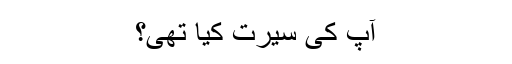
آپ کی سیرت کیا تھی؟